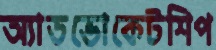
অ্যাডভোকেটশিপ